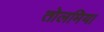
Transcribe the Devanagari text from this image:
तोलमिया